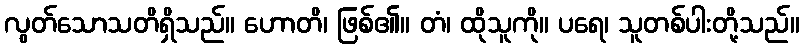
လွတ်သောသတိရှိသည်။ ဟောတိ၊ ဖြစ်၏။ တံ၊ ထိုသူကို။ ပရေ၊ သူတစ်ပါးတို့သည်။